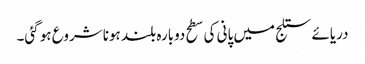
دریائے ستلج میں پانی کی سطح دوبارہ بلند ہونا شروع ہو گئی۔